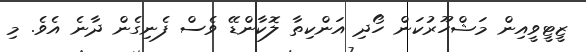
ޒީޓީވީއިން މަޝްހޫރުކަން ހޯދި އަންކިތާ ލޮކާންޑޭ ވެސް ފެނިގެން ދާނެ އެވެ. މި